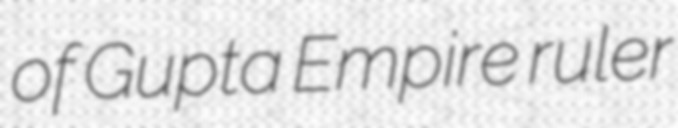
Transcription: of Gupta Empire ruler